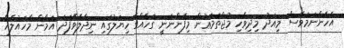
އެހެންނަމަވެސް މިއަދު މިދިވެހި މުޖްތަމަޢުން މިފެންނަނީ ގަހެއްގެ ހިޔަލުގައި ނިދާލެވޭފަދަ އަމާން މާހައުލެއް